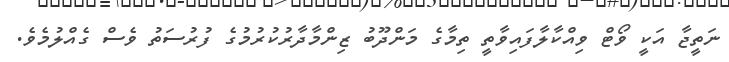
ނަތީޖާ އަކީ ވޯޓް ވިއްކާލާފައިވާތީ ތިމާގެ މަންދޫބު ޒިންމާދާރުކުރުމުގެ ފުރުސަތު ވެސް ގެއްލުމެވެ.